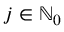
j \in \ensuremath { \mathbb { N } } _ { 0 }